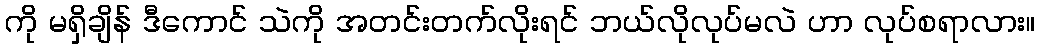
ကို မရှိချိန် ဒီကောင် သဲကို အတင်းတက်လိုးရင် ဘယ်လိုလုပ်မလဲ ဟာ လုပ်စရာလား။